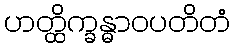
ဟတ္ထိက္ခန္ဓာဝပတိတံ